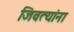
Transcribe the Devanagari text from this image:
जिवत्यांना